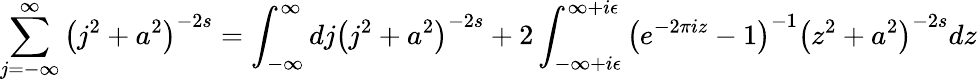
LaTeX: \sum_{j=-\infty}^{\infty}\left(j^{2}+a^{2}\right)^{-2s}=\int_{-\infty}^{\infty}dj\left(j^{2}+a^{2}\right)^{-2s}+2\int_{-\infty+i\epsilon}^{\infty+i\epsilon}\left(e^{-2\pi iz}-1\right)^{-1}\left(z^{2}+a^{2}\right)^{-2s}dz